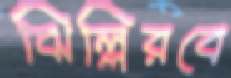
ঝিল্লিরবে